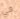
في